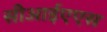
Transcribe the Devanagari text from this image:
सीआईएएस